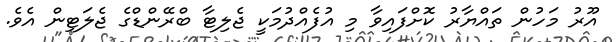
އޫރު މަހުން ތައްޔާރު ކޮށްފައިވާ މި އުފެއްދުމަކީ ޖެލިޓާ ބްރޭންޑްގެ ޖެލަޓިން އެވެ.